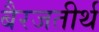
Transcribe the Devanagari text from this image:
बैरजतीर्थ